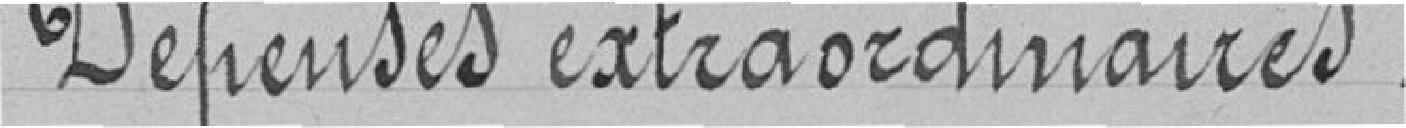
Dépenses extraordinaires